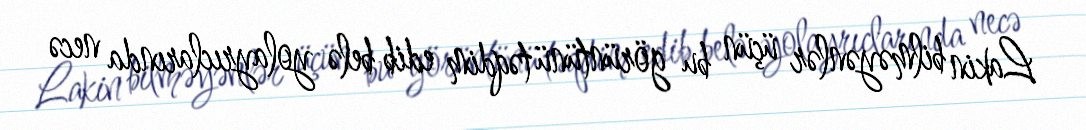
Lakin bilməyənlər üçün bu görüntünü təqdim edib belə yolayrıclarında necə